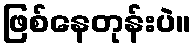
ဖြစ်နေတုန်းပဲ။